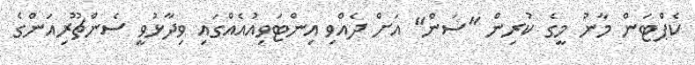
ކެޕްޓަން މާނު މީގެ ކުރިން "ސަން" އަށް ދެއްވި އިންޓަވިއުއެއްގައި ވިދާޅުވީ ސެންޗޫރިއަންގެ